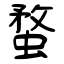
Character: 蝥